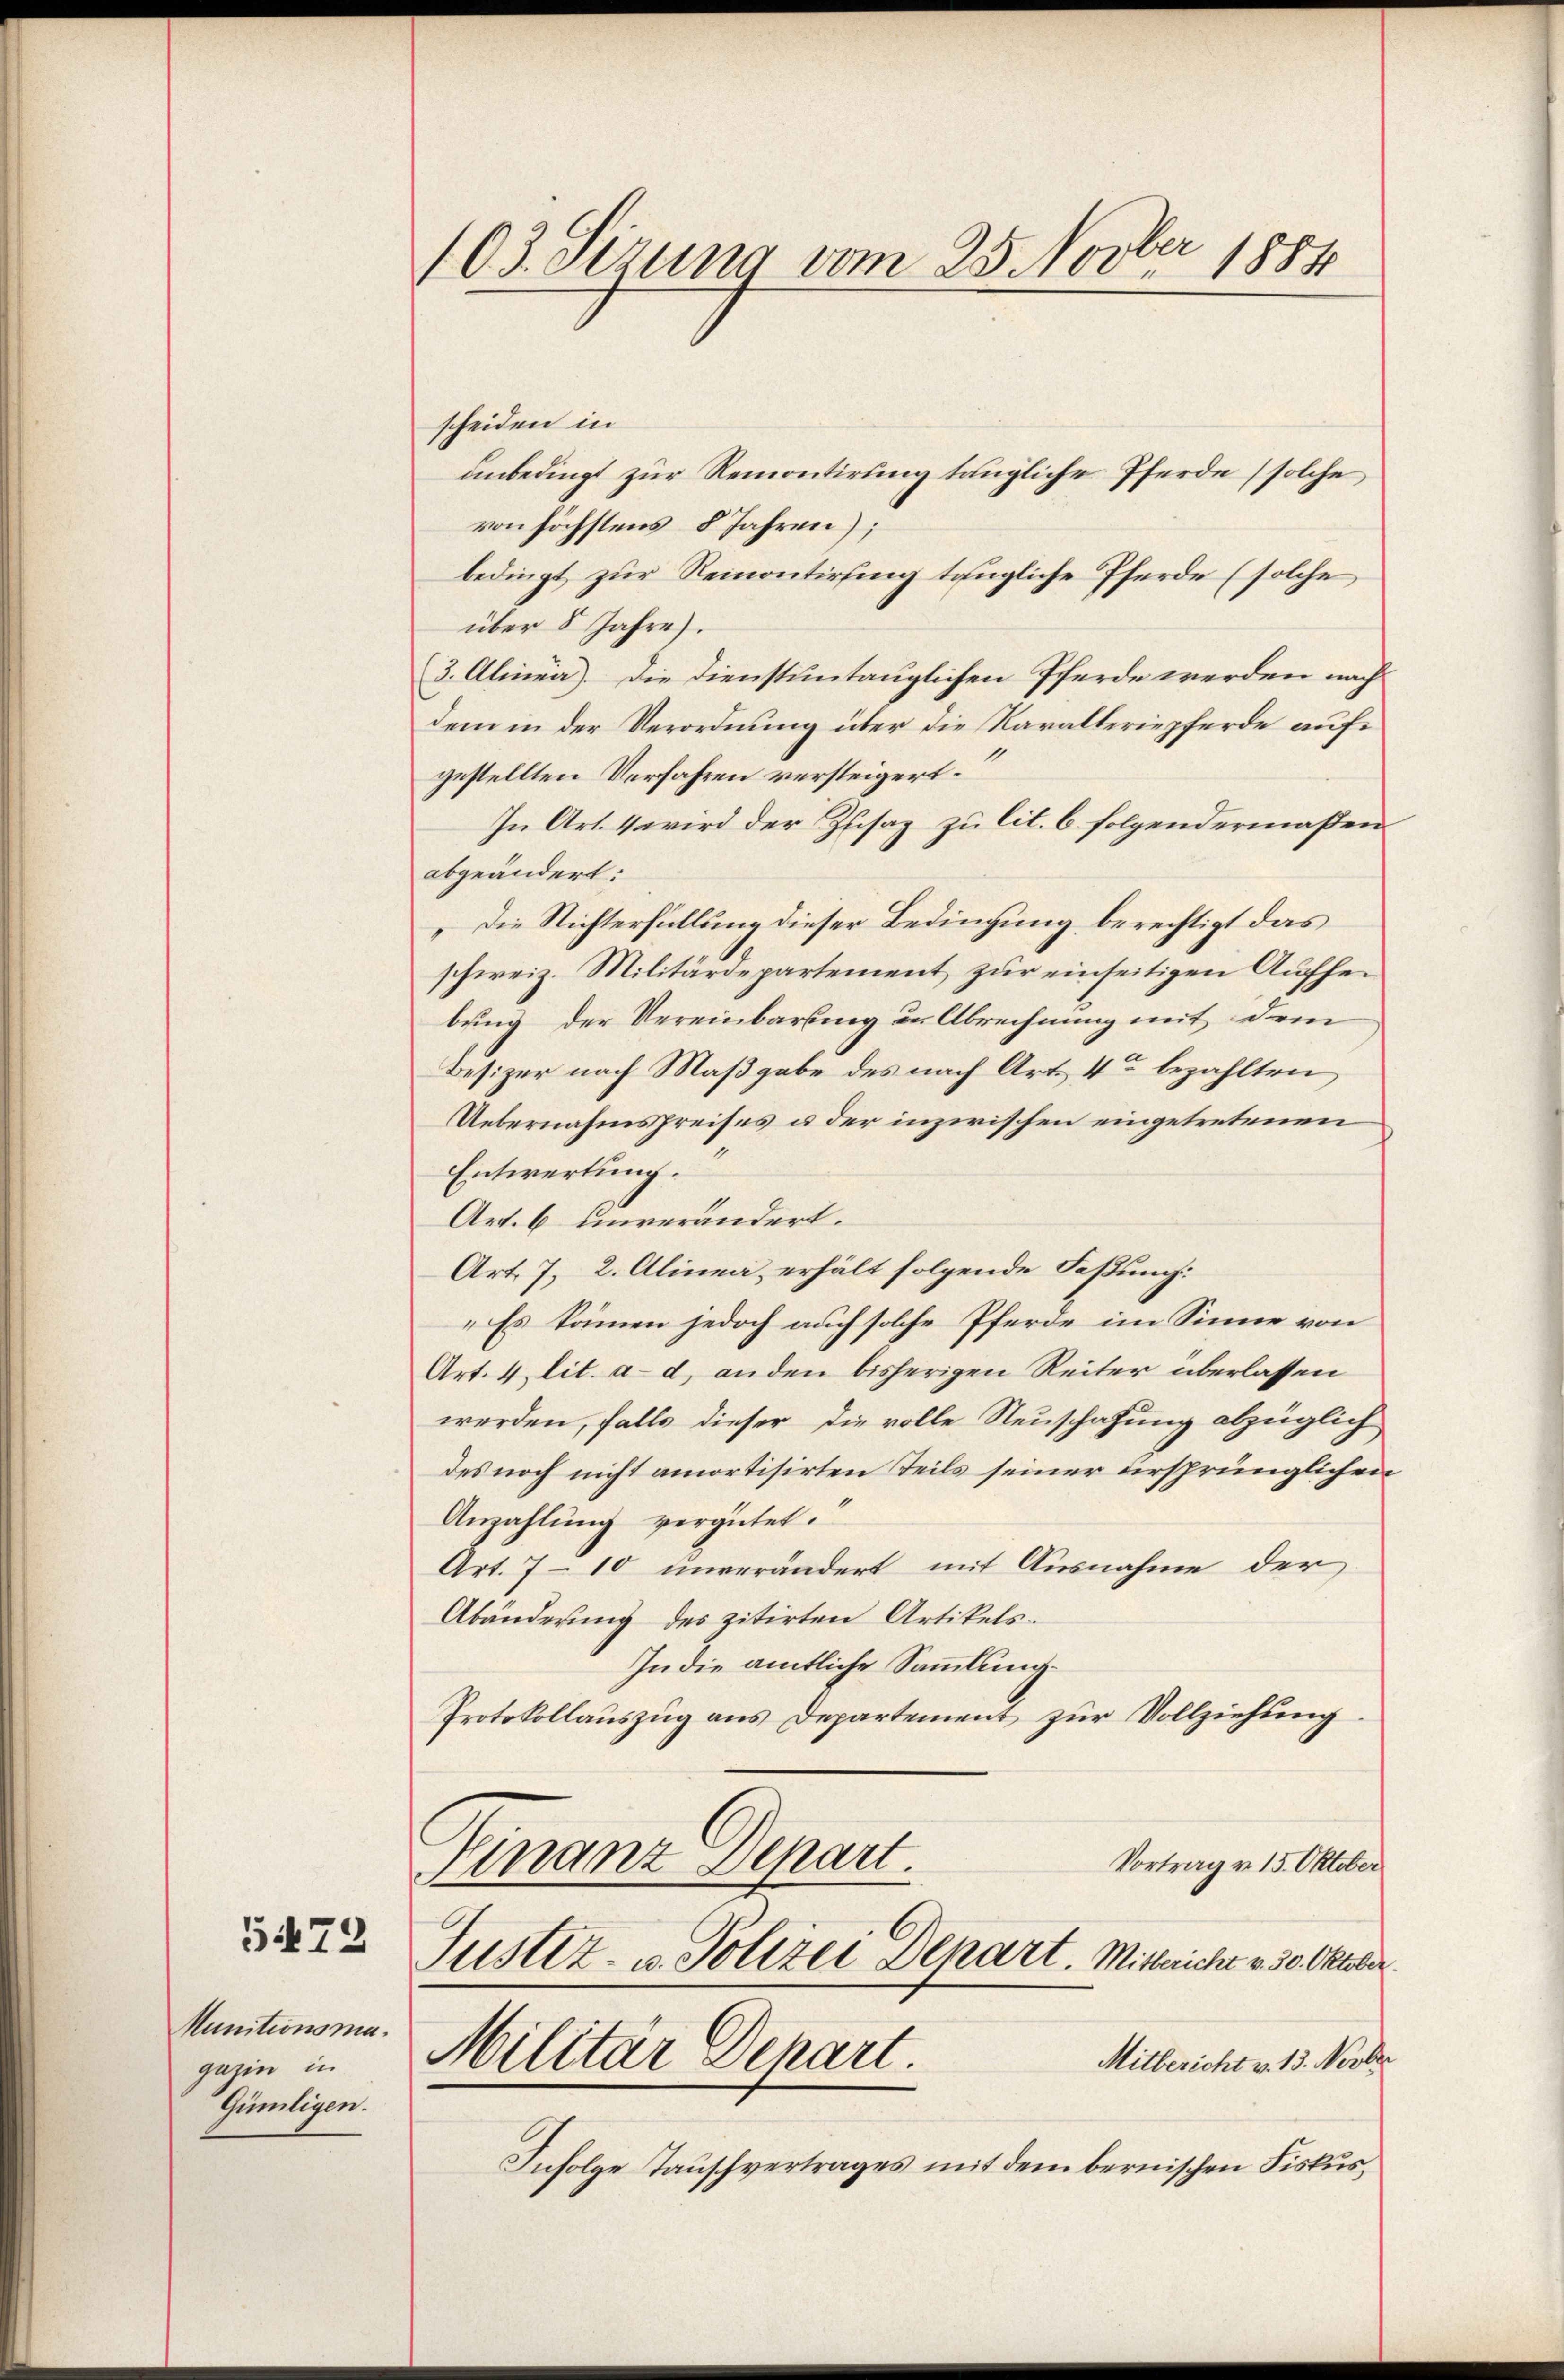
Munitionsma
gazin in
Gümligen.

5472

103. Sizung vom 25. Novber 1884

scheiden in
anbedingt zur Remontirung tängliche Pferde solche
von höchstens 8 Jahren);
bedingt zur Reinontirung taugliche Pferde (solche
über 8 Jahre).
(3. Alinea). Die Dienstuntauglichen Pferde werden nach
dem in der Verordnung über die Karalteriepferde aufgestellten Verfahren versteigert.
In Art. 4 wird der Zusag zu lit. 6 folgendermaßen
abgeändert:
„Die Richterfüllung dieser Bedingung berechtigt das
schweiz. Militärdepartement, zur einseitigen Aufhebung der Vereinbarung in Abrechnung mit demn
Besizer nach Maßgabe des nach Art. 4 bezahlten
Uebernahmspreises u der inzwischen eingetretenen
Entwertung.
Art. 6 unverändert.
Art. 7, 2. Alinea, erhält folgende Faßung.
„Es können jedoch auch solche Pferde im Sinne von
Art. 4 lit. a. d. anden bisherigen Reiter überlassen
werden, falls dieser die volle Neuschafung abzüglich
des noch nicht amortisirten Teils seiner ursprünglichen
Anzahlung vergütet.
Art. 7 - 10 unverändert mit Ausnahme der
Abänderung des zitirten Artikels¬
In die amtliche Sammlung.
Protokollauszug aus Departement zur Vollziehung
Finanz Depart.
Vortrag v. 15. Oktober
Justiz- u. Polizei Depart. Mitteicht v. 30. Oktober.
Militär Depart. Mitbericht v. 13. Novbr
Infolge Tauschvertrages mit dem bernischen Fiskus,